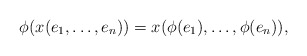
\begin{align*} \phi(x(e_1, \dots, e_n)) = x(\phi(e_1), \dots, \phi(e_n)),\end{align*}